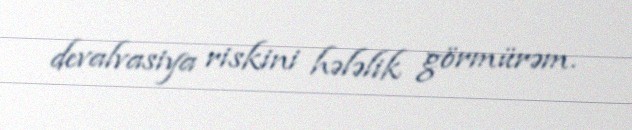
devalvasiya riskini hələlik görmürəm.